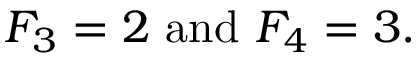
F _ { 3 } = 2 { \mathrm { ~ a n d ~ } } F _ { 4 } = 3 .